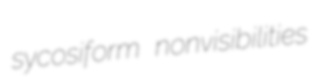
sycosiform nonvisibilities